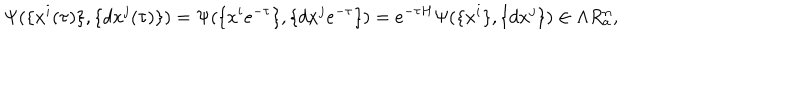
LaTeX: \Psi ( \{ x ^ { i } ( \tau ) \} , \{ d x ^ { j } ( \tau ) \} ) = \Psi ( \{ x ^ { i } e ^ { - \tau } \} , \{ d x ^ { j } e ^ { - \tau } \} ) = e ^ { - \tau H } \Psi ( \{ x ^ { i } \} , \{ d x ^ { j } \} ) \in \Lambda R _ { \mathrm { a } } ^ { n } ,